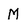
Character: M